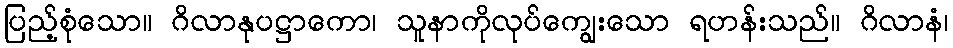
ပြည့်စုံသော။ ဂိလာနုပဋ္ဌာကော၊ သူနာကိုလုပ်ကျွေးသော ရဟန်းသည်။ ဂိလာနံ၊